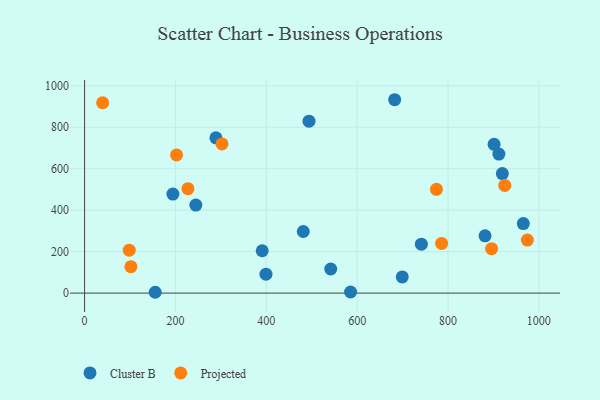
{"axis": {"x": "Ad Spend", "y": "Profit"}, "legend": ["Cluster B", "Projected"], "data": [{"x": "244.9", "y": 424.8, "type": "Cluster B"}, {"x": "901.4", "y": 717.7, "type": "Cluster B"}, {"x": "155.4", "y": 4.0, "type": "Cluster B"}, {"x": "494.0", "y": 829.3, "type": "Cluster B"}, {"x": "682.6", "y": 932.8, "type": "Cluster B"}, {"x": "912.0", "y": 670.6, "type": "Cluster B"}, {"x": "194.3", "y": 477.9, "type": "Cluster B"}, {"x": "699.3", "y": 78.2, "type": "Cluster B"}, {"x": "965.8", "y": 335.6, "type": "Cluster B"}, {"x": "585.5", "y": 5.3, "type": "Cluster B"}, {"x": "881.5", "y": 276.2, "type": "Cluster B"}, {"x": "541.8", "y": 116.3, "type": "Cluster B"}, {"x": "399.3", "y": 91.5, "type": "Cluster B"}, {"x": "481.4", "y": 297.1, "type": "Cluster B"}, {"x": "391.0", "y": 204.4, "type": "Cluster B"}, {"x": "741.4", "y": 236.0, "type": "Cluster B"}, {"x": "289.1", "y": 749.0, "type": "Cluster B"}, {"x": "919.6", "y": 576.5, "type": "Cluster B"}, {"x": "974.7", "y": 255.7, "type": "Projected"}, {"x": "895.9", "y": 214.5, "type": "Projected"}, {"x": "227.5", "y": 503.6, "type": "Projected"}, {"x": "101.9", "y": 127.3, "type": "Projected"}, {"x": "924.9", "y": 519.2, "type": "Projected"}, {"x": "98.2", "y": 206.9, "type": "Projected"}, {"x": "39.7", "y": 918.1, "type": "Projected"}, {"x": "774.6", "y": 500.4, "type": "Projected"}, {"x": "785.9", "y": 239.6, "type": "Projected"}, {"x": "202.4", "y": 666.7, "type": "Projected"}, {"x": "302.5", "y": 719.4, "type": "Projected"}]}